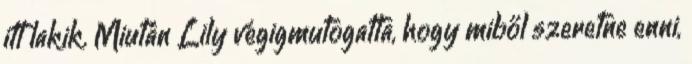
itt lakik. Miután Lily végigmutogatta, hogy miből szeretne enni,